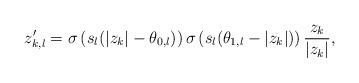
LaTeX: \begin{align*} z'_{k,l} = \sigma\left(s_l(|z_k| - \theta_{0,l})\right) \sigma\left(s_l(\theta_{1,l} - |z_k|)\right) \frac{z_k}{|z_k|},\end{align*}